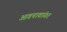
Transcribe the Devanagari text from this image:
आडनावांवर